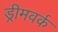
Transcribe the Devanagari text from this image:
ड्रीमवर्क